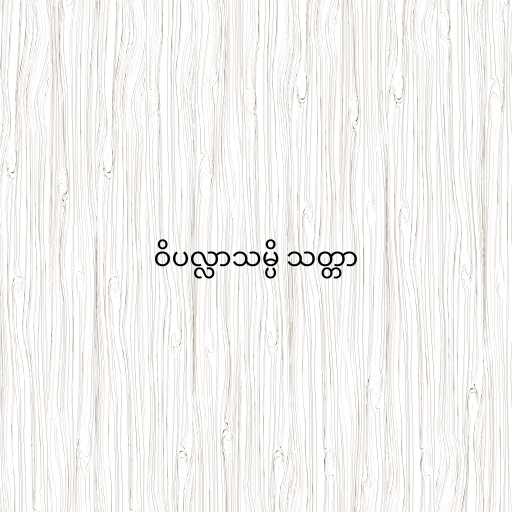
ဝိပလ္လာသမ္ပိ သတ္တာ